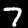
Label: 7